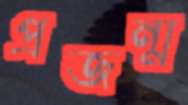
প্রজন্ম